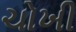
ચોખી